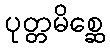
ပုတ္တမိစ္ဆေ